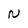
Character: N